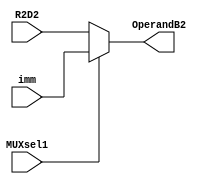
`timescale 1ns / 1ps
//////////////////////////////////////////////////////////////////////////////////
// Company: 
// Engineer: 
// 
// Design Name: 
// Module Name: MUX1
// Project Name: 
// Target Devices: 
// Tool Versions: 
// Description: 
// 
// Dependencies: 
// 
// Revision:
// Revision 0.01 - File Created
// Additional Comments:
// 
//////////////////////////////////////////////////////////////////////////////////


module MUX1(
    input [31:0] R2D2,
    input [31:0] imm,
    input MUXsel1,
    output [31:0] OperandB2
    );
    
    reg [31:0] MUXout;
    assign OperandB2 = MUXout;
    
    always@(R2D2 or imm or MUXsel1)
    if(MUXsel1 == 1'b0)
        MUXout = R2D2;
    else
        MUXout = imm;
        
endmodule